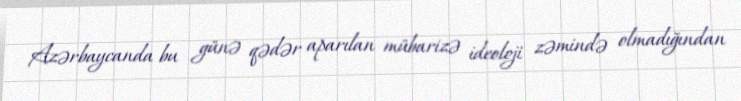
Azərbaycanda bu günə qədər aparılan mübarizə ideoloji zəmində olmadığından